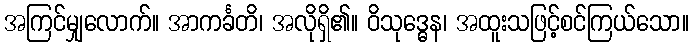
အကြင်မျှလောက်။ အာကင်္ခတိ၊ အလိုရှိ၏။ ဝိသုဒ္ဓေန၊ အထူးသဖြင့်စင်ကြယ်သော။